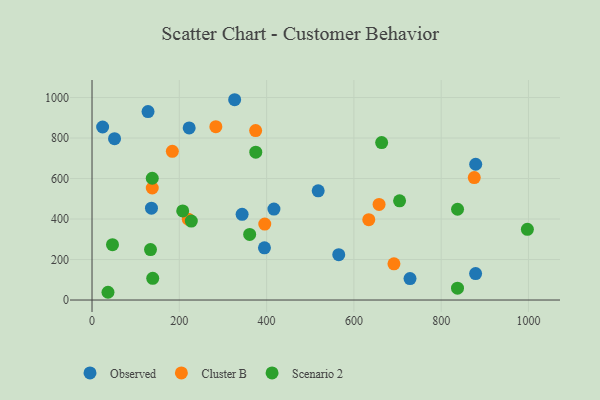
{"axis": {"x": "Engine Size", "y": "Yield"}, "legend": ["Cluster B", "Observed", "Scenario 2"], "data": [{"x": "343.9", "y": 423.3, "type": "Observed"}, {"x": "51.6", "y": 796.6, "type": "Observed"}, {"x": "879.1", "y": 670.5, "type": "Observed"}, {"x": "728.6", "y": 106.1, "type": "Observed"}, {"x": "326.8", "y": 989.1, "type": "Observed"}, {"x": "222.6", "y": 849.8, "type": "Observed"}, {"x": "395.1", "y": 257.9, "type": "Observed"}, {"x": "565.3", "y": 223.8, "type": "Observed"}, {"x": "518.2", "y": 539.2, "type": "Observed"}, {"x": "24.3", "y": 854.3, "type": "Observed"}, {"x": "878.9", "y": 130.6, "type": "Observed"}, {"x": "128.3", "y": 930.8, "type": "Observed"}, {"x": "136.2", "y": 453.4, "type": "Observed"}, {"x": "416.8", "y": 449.3, "type": "Observed"}, {"x": "634.1", "y": 396.7, "type": "Cluster B"}, {"x": "184.0", "y": 734.4, "type": "Cluster B"}, {"x": "283.7", "y": 855.8, "type": "Cluster B"}, {"x": "374.9", "y": 836.6, "type": "Cluster B"}, {"x": "395.8", "y": 375.0, "type": "Cluster B"}, {"x": "875.8", "y": 604.7, "type": "Cluster B"}, {"x": "138.0", "y": 553.2, "type": "Cluster B"}, {"x": "657.7", "y": 472.3, "type": "Cluster B"}, {"x": "220.6", "y": 399.4, "type": "Cluster B"}, {"x": "691.8", "y": 178.6, "type": "Cluster B"}, {"x": "663.6", "y": 777.4, "type": "Scenario 2"}, {"x": "704.7", "y": 489.9, "type": "Scenario 2"}, {"x": "375.2", "y": 730.0, "type": "Scenario 2"}, {"x": "227.5", "y": 390.0, "type": "Scenario 2"}, {"x": "837.4", "y": 58.5, "type": "Scenario 2"}, {"x": "46.9", "y": 273.4, "type": "Scenario 2"}, {"x": "997.5", "y": 349.2, "type": "Scenario 2"}, {"x": "36.6", "y": 38.3, "type": "Scenario 2"}, {"x": "134.0", "y": 249.2, "type": "Scenario 2"}, {"x": "837.5", "y": 448.2, "type": "Scenario 2"}, {"x": "361.2", "y": 324.2, "type": "Scenario 2"}, {"x": "138.0", "y": 601.4, "type": "Scenario 2"}, {"x": "139.1", "y": 107.3, "type": "Scenario 2"}, {"x": "207.8", "y": 439.8, "type": "Scenario 2"}]}